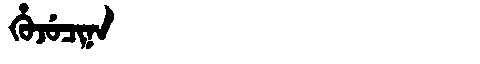
Manchu: ᡥᡠᠵᡠᠴᡳᠨᠠ
Romanization: HUJUCINA